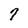
Character: 7